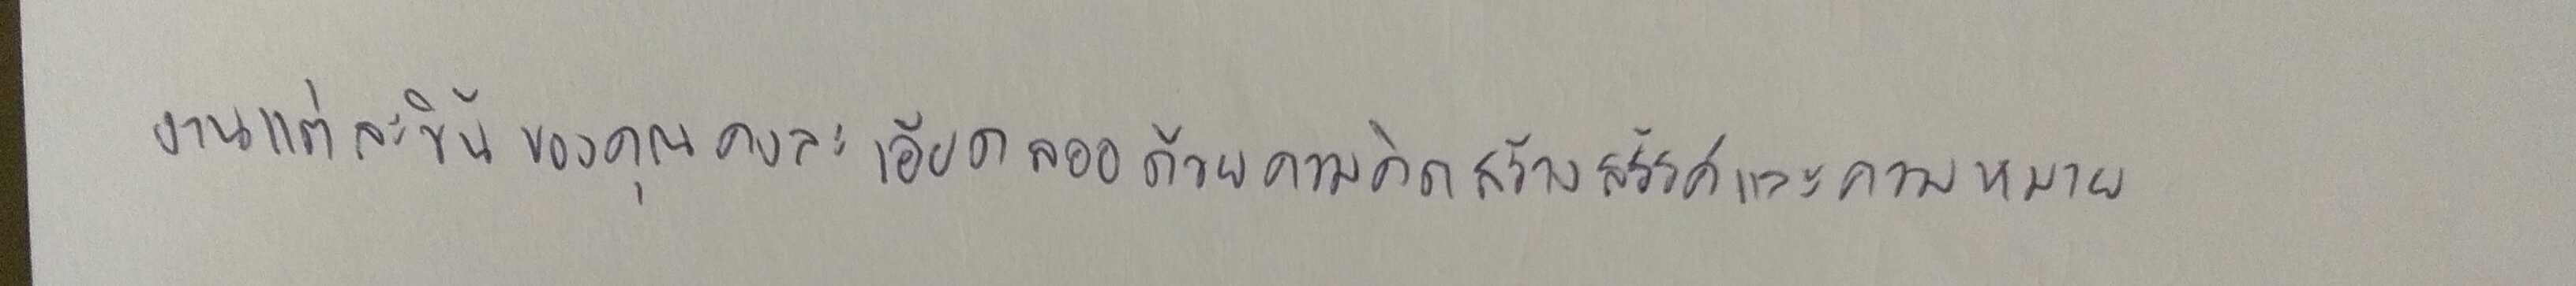
"งานแต่ละชิ้นของคุณคงละเอียดลออด้วยความคิดสร้างสรรค์และความหมาย"